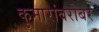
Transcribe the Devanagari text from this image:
कुमारांबरोबर